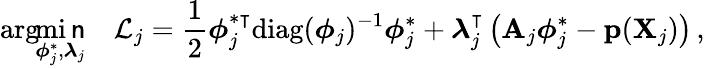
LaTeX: \arg\! \! \operatorname*{mi\mathsf{n}}_{\boldsymbol{\phi}_{j}^{\ast},\boldsymbol{\lambda}_{j}}\quad\mathcal{{L}}_{j}=\frac{{1}}{{2}}\boldsymbol{\phi}_{j}^{\ast\intercal}\mathrm{{diag}}(\boldsymbol{\phi}_{j})^{-1}\boldsymbol{\phi}_{j}^{\ast}+\boldsymbol{\lambda}_{j}^{\intercal}\left(\mathbf{{A}}_{j}\boldsymbol{\phi}_{j}^{\ast}-\mathbf{{p}}(\mathbf{{X}}_{j})\right)\, ,